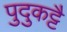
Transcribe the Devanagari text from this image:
पुदुकट्टै